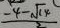
\frac { - 4 - \sqrt { 1 4 } } { 2 }